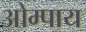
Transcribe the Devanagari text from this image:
ओम्पाय